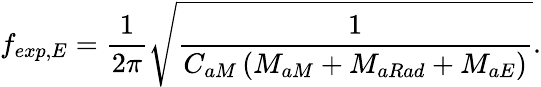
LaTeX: f_{exp,E}=\frac{1}{2\pi}\sqrt{\frac{1}{C_{aM}\left(M_{aM}+M_{aRad}+M_{aE}\right)}}.